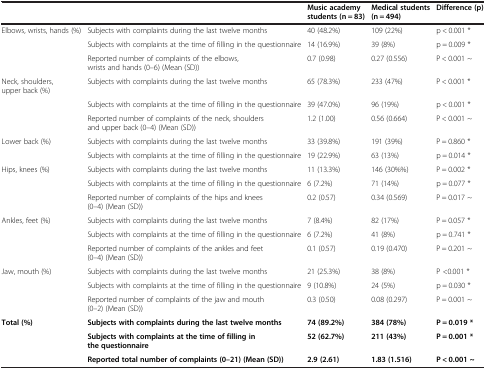
<table><thead><tr><td><b> </b></td><td><b> </b></td><td><b>Music academy students (n = 83)</b></td><td><b>Medical students (n = 494)</b></td><td><b>Difference (p)</b></td></tr></thead><tbody><tr><td>Elbows, wrists, hands (%)</td><td>Subjects with complaints during the last twelve months</td><td>40 (48.2%)</td><td>109 (22%)</td><td>p &lt; 0.001 *</td></tr><tr><td> </td><td>Subjects with complaints at the time of filling in the questionnaire</td><td>14 (16.9%)</td><td>39 (8%)</td><td>p = 0.009 *</td></tr><tr><td> </td><td>Reported number of complaints of the elbows, wrists and hands (0–6) (Mean (SD))</td><td>0.7 (0.98)</td><td>0.27 (0.556)</td><td>P &lt; 0.001 ~</td></tr><tr><td>Neck, shoulders, upper back (%)</td><td>Subjects with complaints during the last twelve months</td><td>65 (78.3%)</td><td>233 (47%)</td><td>P &lt; 0.001 *</td></tr><tr><td> </td><td>Subjects with complaints at the time of filling in the questionnaire</td><td>39 (47.0%)</td><td>96 (19%)</td><td>p &lt; 0.001 *</td></tr><tr><td> </td><td>Reported number of complaints of the neck, shoulders and upper back (0–4) (Mean (SD))</td><td>1.2 (1.00)</td><td>0.56 (0.664)</td><td>P &lt; 0.001 ~</td></tr><tr><td>Lower back (%)</td><td>Subjects with complaints during the last twelve months</td><td>33 (39.8%)</td><td>191 (39%)</td><td>P = 0.860 *</td></tr><tr><td> </td><td>Subjects with complaints at the time of filling in the questionnaire</td><td>19 (22.9%)</td><td>63 (13%)</td><td>p = 0.014 *</td></tr><tr><td>Hips, knees (%)</td><td>Subjects with complaints during the last twelve months</td><td>11 (13.3%)</td><td>146 (30%%)</td><td>P = 0.002 *</td></tr><tr><td> </td><td>Subjects with complaints at the time of filling in the questionnaire</td><td>6 (7.2%)</td><td>71 (14%)</td><td>p = 0.077 *</td></tr><tr><td> </td><td>Reported number of complaints of the hips and knees (0–4) (Mean (SD))</td><td>0.2 (0.57)</td><td>0.34 (0.569)</td><td>P = 0.017 ~</td></tr><tr><td>Ankles, feet (%)</td><td>Subjects with complaints during the last twelve months</td><td>7 (8.4%)</td><td>82 (17%)</td><td>P = 0.057 *</td></tr><tr><td> </td><td>Subjects with complaints at the time of filling in the questionnaire</td><td>6 (7.2%)</td><td>41 (8%)</td><td>p = 0.741 *</td></tr><tr><td> </td><td>Reported number of complaints of the ankles and feet (0–4) (Mean (SD))</td><td>0.1 (0.57)</td><td>0.19 (0.470)</td><td>P = 0.201 ~</td></tr><tr><td>Jaw, mouth (%)</td><td>Subjects with complaints during the last twelve months</td><td>21 (25.3%)</td><td>38 (8%)</td><td>P &lt;0.001 *</td></tr><tr><td> </td><td>Subjects with complaints at the time of filling in the questionnaire</td><td>9 (10.8%)</td><td>24 (5%)</td><td>p = 0.030 *</td></tr><tr><td> </td><td>Reported number of complaints of the jaw and mouth (0–2) (Mean (SD))</td><td>0.3 (0.50)</td><td>0.08 (0.297)</td><td>P = 0.001 ~</td></tr><tr><td><b>Total (%)</b></td><td><b>Subjects with complaints during the last twelve months</b></td><td><b>74 (89.2%)</b></td><td><b>384 (78%)</b></td><td><b>P = 0.019 *</b></td></tr><tr><td> </td><td><b>Subjects with complaints at the time of filling in the questionnaire</b></td><td><b>52 (62.7%)</b></td><td><b>211 (43%)</b></td><td><b>P = 0.001 *</b></td></tr><tr><td> </td><td><b>Reported total number of complaints (0–21) (Mean (SD))</b></td><td><b>2.9 (2.61)</b></td><td><b>1.83 (1.516)</b></td><td><b>P &lt; 0.001 ~</b></td></tr></tbody></table>